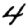
Digit: 4